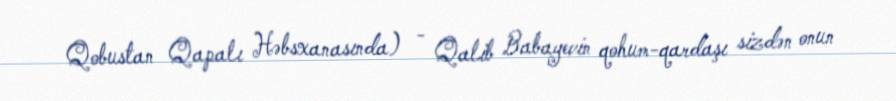
Qobustan Qapalı Həbsxanasında) - Qalib Babayevin qohum-qardaşı sizdən onun